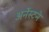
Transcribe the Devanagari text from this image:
अर्नेस्टने